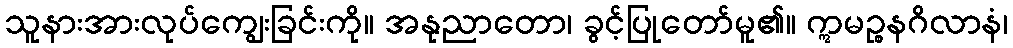
သူနားအားလုပ်ကျွေးခြင်းကို။ အနုညာတော၊ ခွင့်ပြုတော်မူ၏။ ဣမဉ္စနဂိလာနံ၊